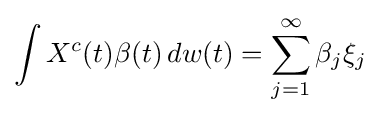
\int X^{c}(t)\beta (t)\,dw(t)=\sum _{j=1}^{\infty }\beta _{j}\xi _{j}